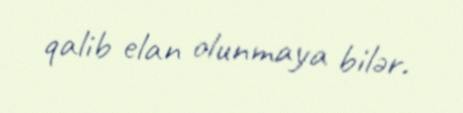
qalib elan olunmaya bilər.